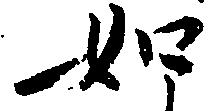
如